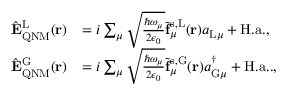
\begin{array} { r l } { \hat { \mathbf { E } } _ { \mathrm { Q N M } } ^ { \mathrm { L } } ( \mathbf { r } ) } & { = i \sum _ { \mu } \sqrt { \frac { \hbar \omega _ { \mu } } { 2 \epsilon _ { 0 } } } \tilde { \mathbf { f } } _ { \mu } ^ { \mathrm { s , L } } ( \mathbf { r } ) a _ { \mathrm { L } \mu } + \mathrm { H . a . } , } \\ { \hat { \mathbf { E } } _ { \mathrm { Q N M } } ^ { \mathrm { G } } ( \mathbf { r } ) } & { = i \sum _ { \mu } \sqrt { \frac { \hbar \omega _ { \mu } } { 2 \epsilon _ { 0 } } } \tilde { \mathbf { f } } _ { \mu } ^ { \mathrm { s , G } } ( \mathbf { r } ) a _ { \mathrm { G } \mu } ^ { \dagger } + \mathrm { H . a . } . , } \end{array}